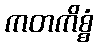
ကတကိစ္စံ